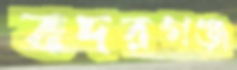
বদরগঞ্জ